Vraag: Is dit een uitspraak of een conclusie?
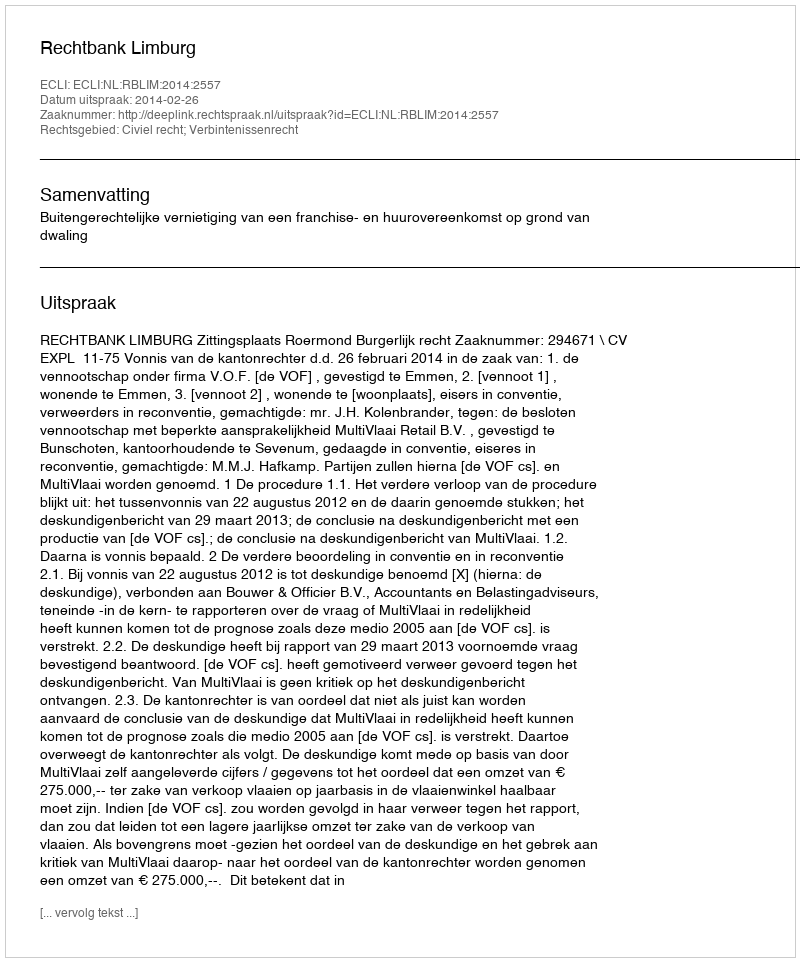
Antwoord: Uitspraak